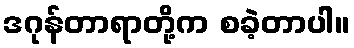
ဒဂုန်တာရာတို့က စခဲ့တာပါ။